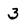
Character: 3